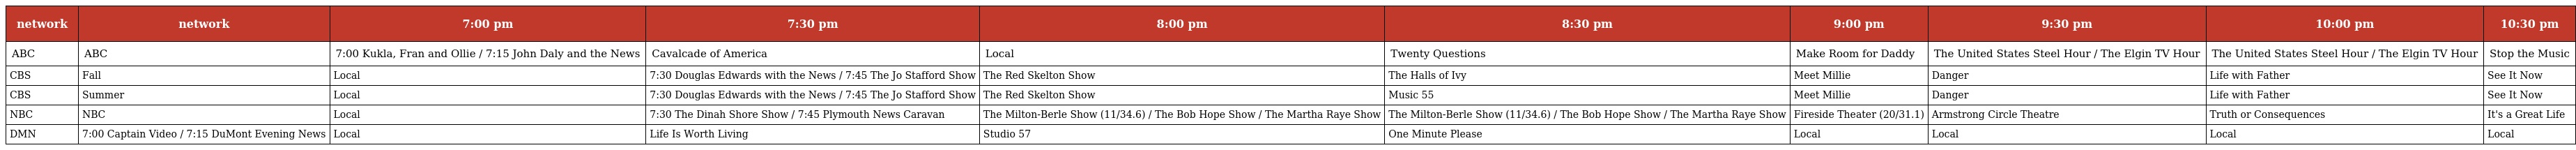
| network | network | 7:00 pm | 7:30 pm | 8:00 pm | 8:30 pm | 9:00 pm | 9:30 pm | 10:00 pm | 10:30 pm |
 | --- | --- | --- | --- | --- | --- | --- | --- | --- | --- |
 | ABC | ABC | 7:00 Kukla, Fran and Ollie / 7:15 John Daly and the News | Cavalcade of America | Local | Twenty Questions | Make Room for Daddy | The United States Steel Hour / The Elgin TV Hour | The United States Steel Hour / The Elgin TV Hour | Stop the Music |
 | CBS | Fall | Local | 7:30 Douglas Edwards with the News / 7:45 The Jo Stafford Show | The Red Skelton Show | The Halls of Ivy | Meet Millie | Danger | Life with Father | See It Now |
 | CBS | Summer | Local | 7:30 Douglas Edwards with the News / 7:45 The Jo Stafford Show | The Red Skelton Show | Music 55 | Meet Millie | Danger | Life with Father | See It Now |
 | NBC | NBC | Local | 7:30 The Dinah Shore Show / 7:45 Plymouth News Caravan | The Milton-Berle Show (11/34.6) / The Bob Hope Show / The Martha Raye Show | The Milton-Berle Show (11/34.6) / The Bob Hope Show / The Martha Raye Show | Fireside Theater (20/31.1) | Armstrong Circle Theatre | Truth or Consequences | It's a Great Life |
 | DMN | 7:00 Captain Video / 7:15 DuMont Evening News | Local | Life Is Worth Living | Studio 57 | One Minute Please | Local | Local | Local | Local |